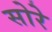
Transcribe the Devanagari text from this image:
सोरे